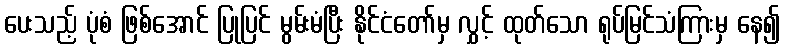
ပေးသည့် ပုံစံ ဖြစ်အောင် ပြုပြင် မွမ်းမံပြီး နိုင်ငံတော်မှ လွှင့် ထုတ်သော ရုပ်မြင်သံကြားမှ နေ၍